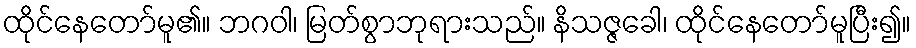
ထိုင်နေတော်မူ၏။ ဘဂဝါ၊ မြတ်စွာဘုရားသည်။ နိသဇ္ဇခေါ၊ ထိုင်နေတော်မူပြီး၍။